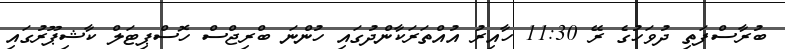
ބުރާސްފަތި ދުވަހުގެ ރޭ 11:30 ހާއިރު އުއްތަރަކާންދުގައި ހުންނަ ބްރިޖްސް ހޮސްޕިޓަލް ކާޝިޕޫރުގައި